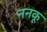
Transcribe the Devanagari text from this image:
ननकू